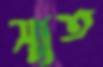
স্মৃত